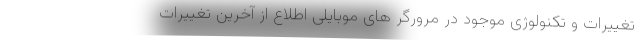
تغییرات و تکنولوژی موجود در مرورگر های موبایلی اطلاع از آخرین تغییرات